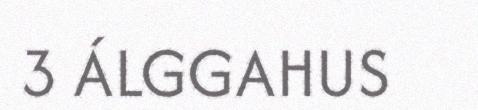
3 ÁLGGAHUS